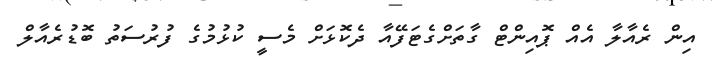
އިން ރެއާލާ އެއް ޕޮއިންޓް ގާތަށްގެޓަފޭއާ ދެކޮޅަށް މެސީ ކުޅުމުގެ ފުރުސަތު ބޮޑުރެއާލް